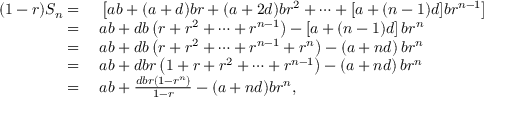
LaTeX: \begin{array} { r l } { ( 1 - r ) S _ { n } = { } } & { { } \left[ a b + ( a + d ) b r + ( a + 2 d ) b r ^ { 2 } + \cdots + [ a + ( n - 1 ) d ] b r ^ { n - 1 } \right] } \\ { = { } } & { { } a b + d b \left( r + r ^ { 2 } + \cdots + r ^ { n - 1 } \right) - \left[ a + ( n - 1 ) d \right] b r ^ { n } } \\ { = { } } & { { } a b + d b \left( r + r ^ { 2 } + \cdots + r ^ { n - 1 } + r ^ { n } \right) - \left( a + n d \right) b r ^ { n } } \\ { = { } } & { { } a b + d b r \left( 1 + r + r ^ { 2 } + \cdots + r ^ { n - 1 } \right) - \left( a + n d \right) b r ^ { n } } \\ { = { } } & { { } a b + { \frac { d b r ( 1 - r ^ { n } ) } { 1 - r } } - ( a + n d ) b r ^ { n } , } \end{array}